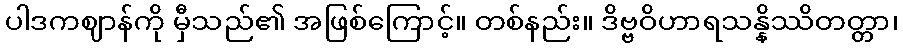
ပါဒကဈာန်ကို မှီသည်၏ အဖြစ်ကြောင့်။ တစ်နည်း။ ဒိဗ္ဗဝိဟာရသန္နိဿိတတ္တာ၊